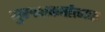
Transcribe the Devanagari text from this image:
गुरुत्वाकर्षात्मक